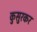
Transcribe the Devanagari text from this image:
कुसुरकर